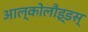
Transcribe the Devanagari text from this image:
आल्कोलौइ्डस्